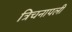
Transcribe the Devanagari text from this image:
त्रिचनापली